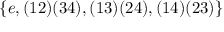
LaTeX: \{ e , ( 1 2 ) ( 3 4 ) , ( 1 3 ) ( 2 4 ) , ( 1 4 ) ( 2 3 ) \}